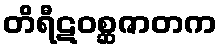
တိရီဋဝစ္ဆဇာတက